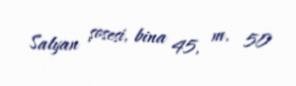
Salyan şosesi, bina 45, m. 50